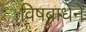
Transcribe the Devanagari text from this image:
विषबाधेने